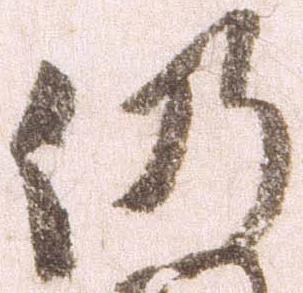
仍